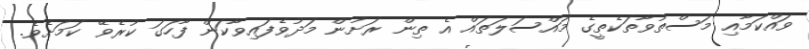
ވައްކަމާއި މަސްތުވާތަކެތީގެ މައްސަލަތައް އެ ތިން ރަށުން މަދުވެފައިވާކަން ފާހަގަ ކުރެވޭ ކަމަށެވެ.